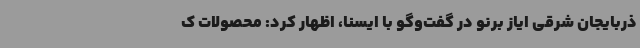
ذربایجان شرقی ایاز برنو در گفت‌وگو با ایسنا، اظهار کرد: محصولات ک